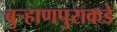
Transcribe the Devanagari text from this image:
बुऱ्हाणपुराकडे